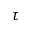
\tau